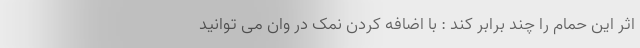
اثر این حمام را چند برابر کند : با اضافه کردن نمک در وان می توانید